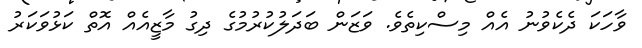
ވާހަކަ ދެކެވުނު އެއް މިސްކިތެވެ. ވަޒަން ބަދަލުކުރުމުގެ ދިގު މާޒީއެއް އޮތް ކަޅުވަކަރު